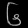
Digit: ၆